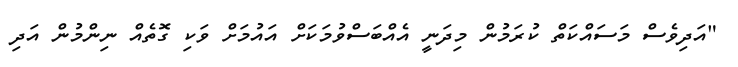
"އަދިވެސް މަސައްކަތް ކުރަމުން މިދަނީ އެއްބަސްވުމަކަށް އައުމަށް ވަކި ގޮތެއް ނިންމުން އަދި